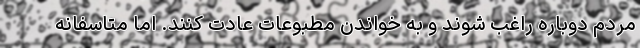
مردم دوباره راغب شوند و به خواندن مطبوعات عادت کنند. اما متاسفانه